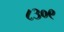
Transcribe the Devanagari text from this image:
८३०९